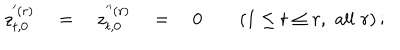
LaTeX: z _ { t , 0 } ^ { ' ( r ) } \quad = \quad z _ { t , 0 } ^ { ' ^ { \prime } ( r ) } \quad = \quad 0 \qquad ( 1 \le t \le r , \, \, \mathrm { { a l l } } \, \, r ) \, ;